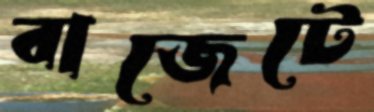
বাজেটে